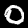
Label: 0